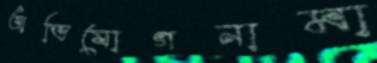
অভিযোগনামা